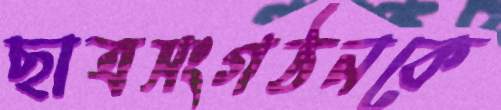
ছাত্রসংগঠনকে